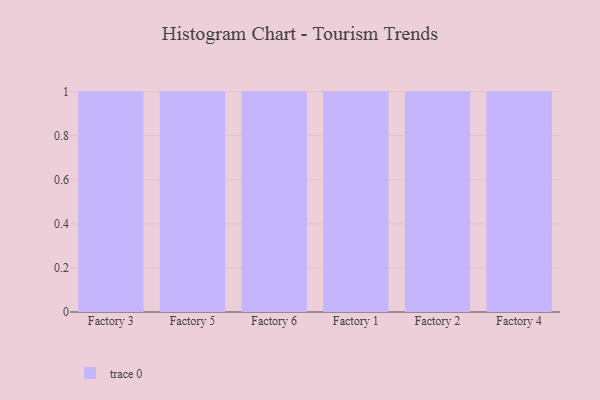
{"axis": {"x": "Factory", "y": "Customer Acquisition Cost (USD)"}, "legend": [""], "data": [{"x": "Factory 3", "y": 8, "type": ""}, {"x": "Factory 5", "y": 25, "type": ""}, {"x": "Factory 6", "y": 48, "type": ""}, {"x": "Factory 1", "y": 96, "type": ""}, {"x": "Factory 2", "y": 54, "type": ""}, {"x": "Factory 4", "y": 24, "type": ""}]}